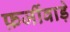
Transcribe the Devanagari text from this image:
फ़र्जीवाड़े